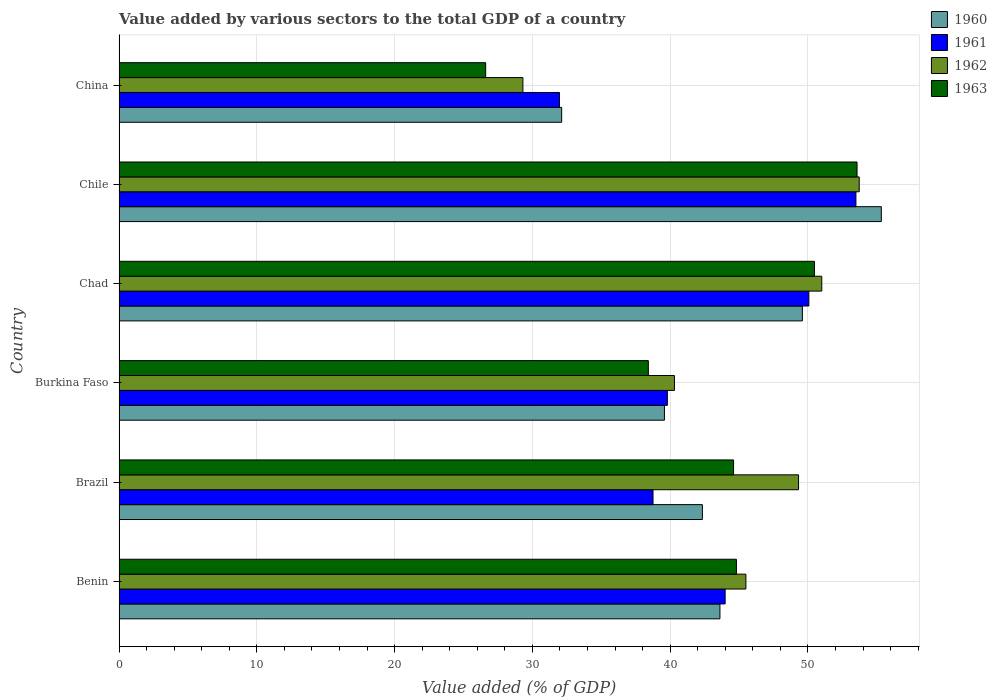
| Country | 1960 | 1961 | 1962 | 1963 |
 | --- | --- | --- | --- | --- |
 | Benin | 43.6 | 44 | 45.5 | 44.8 |
 | Brazil | 42.3 | 38.8 | 49.3 | 44.6 |
 | Burkina Faso | 39.6 | 39.8 | 40.3 | 38.4 |
 | Chad | 49.6 | 50.1 | 51 | 50.5 |
 | Chile | 55.3 | 53.5 | 53.7 | 53.6 |
 | China | 32.1 | 32 | 29.3 | 26.6 |